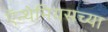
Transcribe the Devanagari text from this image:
ऍन्थेमियसच्या